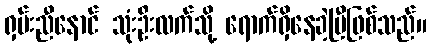
ရှမ်းညီနောင် သုံးဦးလက်သို့ ရောက်ရှိနေခဲ့ပြီဖြစ်သည်။